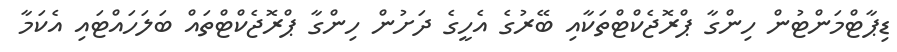
ޑިޕާޓްމަންޓުން ހިންގާ ޕްރޮޖެކްޓްތަކާއި ބޭރުގެ އެހީގެ ދަށުން ހިންގާ ޕްރޮޖެކްޓްތައް ބަލަހައްޓައި އެކަމާ